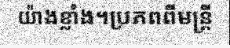
យ៉ាងខ្លាំង។ប្រភពពីមន្ត្រី